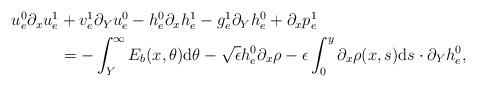
LaTeX: \begin{align*}\begin{aligned}u^0_e\partial_x u^1_e&+v^1_e\partial_Yu^0_e-h^0_e\partial_x h^1_e-g^1_e\partial_Y h^0_e+\partial_x p^1_e\\&=-\int_Y^\infty E_b(x,\theta)\mathrm{d}\theta-\sqrt{\epsilon}h^0_e\partial_x\rho-\epsilon\int_0^y\partial_x \rho(x,s)\mathrm{d}s\cdot\partial_Yh^0_e,\end{aligned}\end{align*}